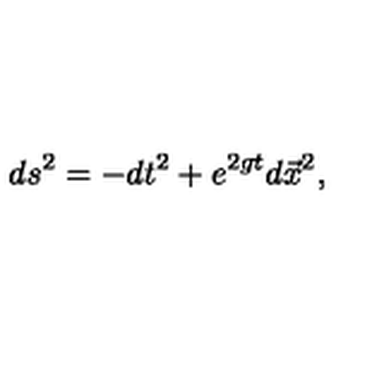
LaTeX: d s ^ { 2 } = - d t ^ { 2 } + e ^ { 2 g t } d \vec { x } ^ { 2 } ,